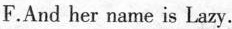
F.And her name is Lazy.